Medical and sanitary report of the native army of Bengal for the year
Year: 1878
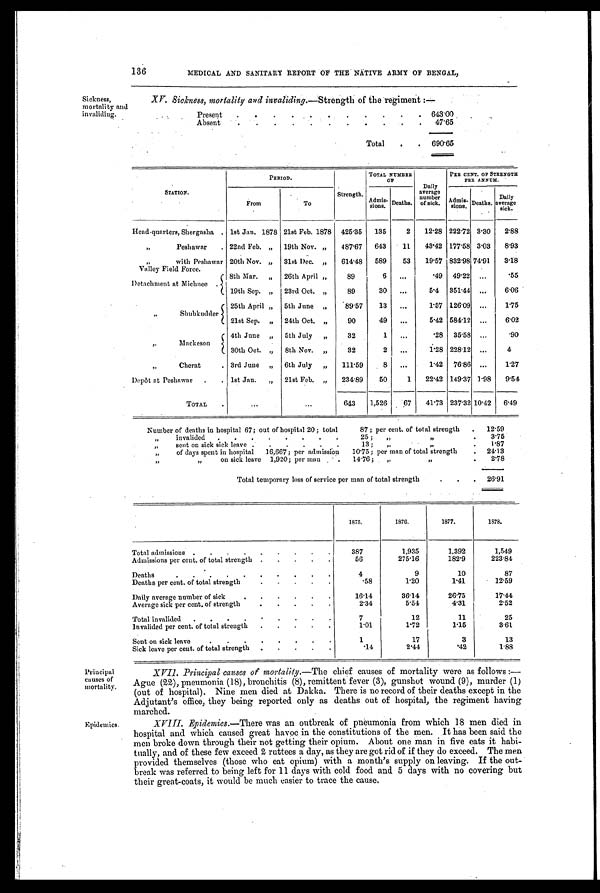
Sickness,
mortality and
invaliding.
136
MEDICAL AND SANITARY REPORT OF THE NATIVE ARMY OF BENGAL,
XV. Sickness, mortality and invaliding.— Strength of the regiment :—
Present
.
.
.
. .
. .
.
. . . 643.00
Absent
.
.
.
. .
. . .
. . . 47.65
Total . . 690.65
STATION.
PERIOD.
Strength.
TOTAL NUMBER
OF
Daily
average
number
of sick.
PER CENT. OF STRENGTH
PER ANNUM.
From
To
Admis-
sions. Deaths.
Admis- sions. Deaths.
Daily
average sick.
Head-quarters, Shergasha . 1st Jan. 1878 21st Feb. 1878 425.35 135
2 12.28 222.72 3.30 2.88
,, Peshawar . 22nd Feb. „ 19th Nov. „ 487.67 643
11 43.42 177.58 3.03 8.93
,, with Peshawar
Valley Field Force.
20th Nov. „ 31st Dec. „ 614.48 589
53 19.57 832.98 74.91 3.18
Detachment at Michnee .
8th Mar. „ 26th April ,,
89
6 ...
.49 49.22 ...
.55
19th Sep. „ 23rd Oct. „
89
30 ...
5.4 351.44 ...
6.06
,, Shubkudder
25th April „ 5th June „
89.57 13 ...
1.57 126.09 ... l.75
21st Sep. „ 24th Oct. „
90
49 ...
5.42 584.12 ...
6.02
,, Mackeson
4th June „ 5th July „
32
1 ...
.28 35.58 ...
.90
30th Oct. „ 8th Nov. „
32
2
. . . 1.28 228.12 . . .
4
„ Cherat
. 3rd June „ 6th July „ 111.59
8 ...
1.42 76.86 ...
1.27
Depôt at Peshawar . . 1st Jan. „ 21st Feb. „ 234.89 50
1 22.42 149.37 1.98 9.54
T O T A L .
...
...
643 1,526 67 41.73 237.32 10.42 6.49
Number of deaths in hospital 67 ; out of hospital 20 ; total
87 ; per cent. of total strength . 12.59
„
invalided . . . . . . . .
25 ;
„ „
. 3.75
„
sent on sick sick leave . . . . . .
13 ;
„ „
. 1.87
„
of days spent in hospital 16,667 ; per admission 10.75 ; per man of total strength
. 24.13
„
„ on sick leave 1,920; per man . . 14.76 ; „
„
2.78
Total temporary loss of service per man of total strength
.
. . 26.91
1875.
1 8 7 6 .
1877.
1878.
Total admissions . . . . . . . . .
387
1,935
1,392
1,549
Admissions per cent. of total strength . . . . .
56
275.16
182.9
223.81
Deaths
.
.
.
.
.
.
.
.
.
4
9
10
87
Deaths per cent. of total strength
. . . . .
.58
1.20
1.41
12.59
Daily average number of sick
. . . . . .
16.14
36.14
26.75
17.44
Average sick per cent. of strength
. . . . .
2.34
5.54
4.31
2.52
Total invalided . . . . . . . . .
7
12
11
25
invalided per cent. of total strength . . . . .
1.01
1.72
1.15
3.61
Sent on sick leave
. . . . . . . .
1
17
3
13
Sick leave per cent. of total strength . . . . .
.14
2.44
.42
1.88
Principal
causes of
mortality.
Epidemics.
XVII. Principal causes of mortality.— The chief causes of mortality were as follows :
—Ague (22), pneumonia (18), bronchitis (8), remittent fever (3), gunshot wound (9), murder (1)
(out of hospital). Nine men died at Dakka. There is no record of their deaths except in the
Adjutant's office, they being reported only as deaths out of hospital, the regiment having
marched.
XVIII. Epidemics.— There was an outbreak of pneumonia from which 18 men died in
hospital and which caused great havoc in the constitutions of the men. It has been said the
men broke down through their not getting their opium. About one man in five eats it habi
-tually, and of these few exceed 2 ruttees a day, as they are got rid of if they do exceed. The men
provided themselves (those who eat opium) with a month's supply on leaving. If the out
-break was referred to being left for 11 days with cold food and 5 days with no covering but
their great-coats, it would be much easier to trace the cause.